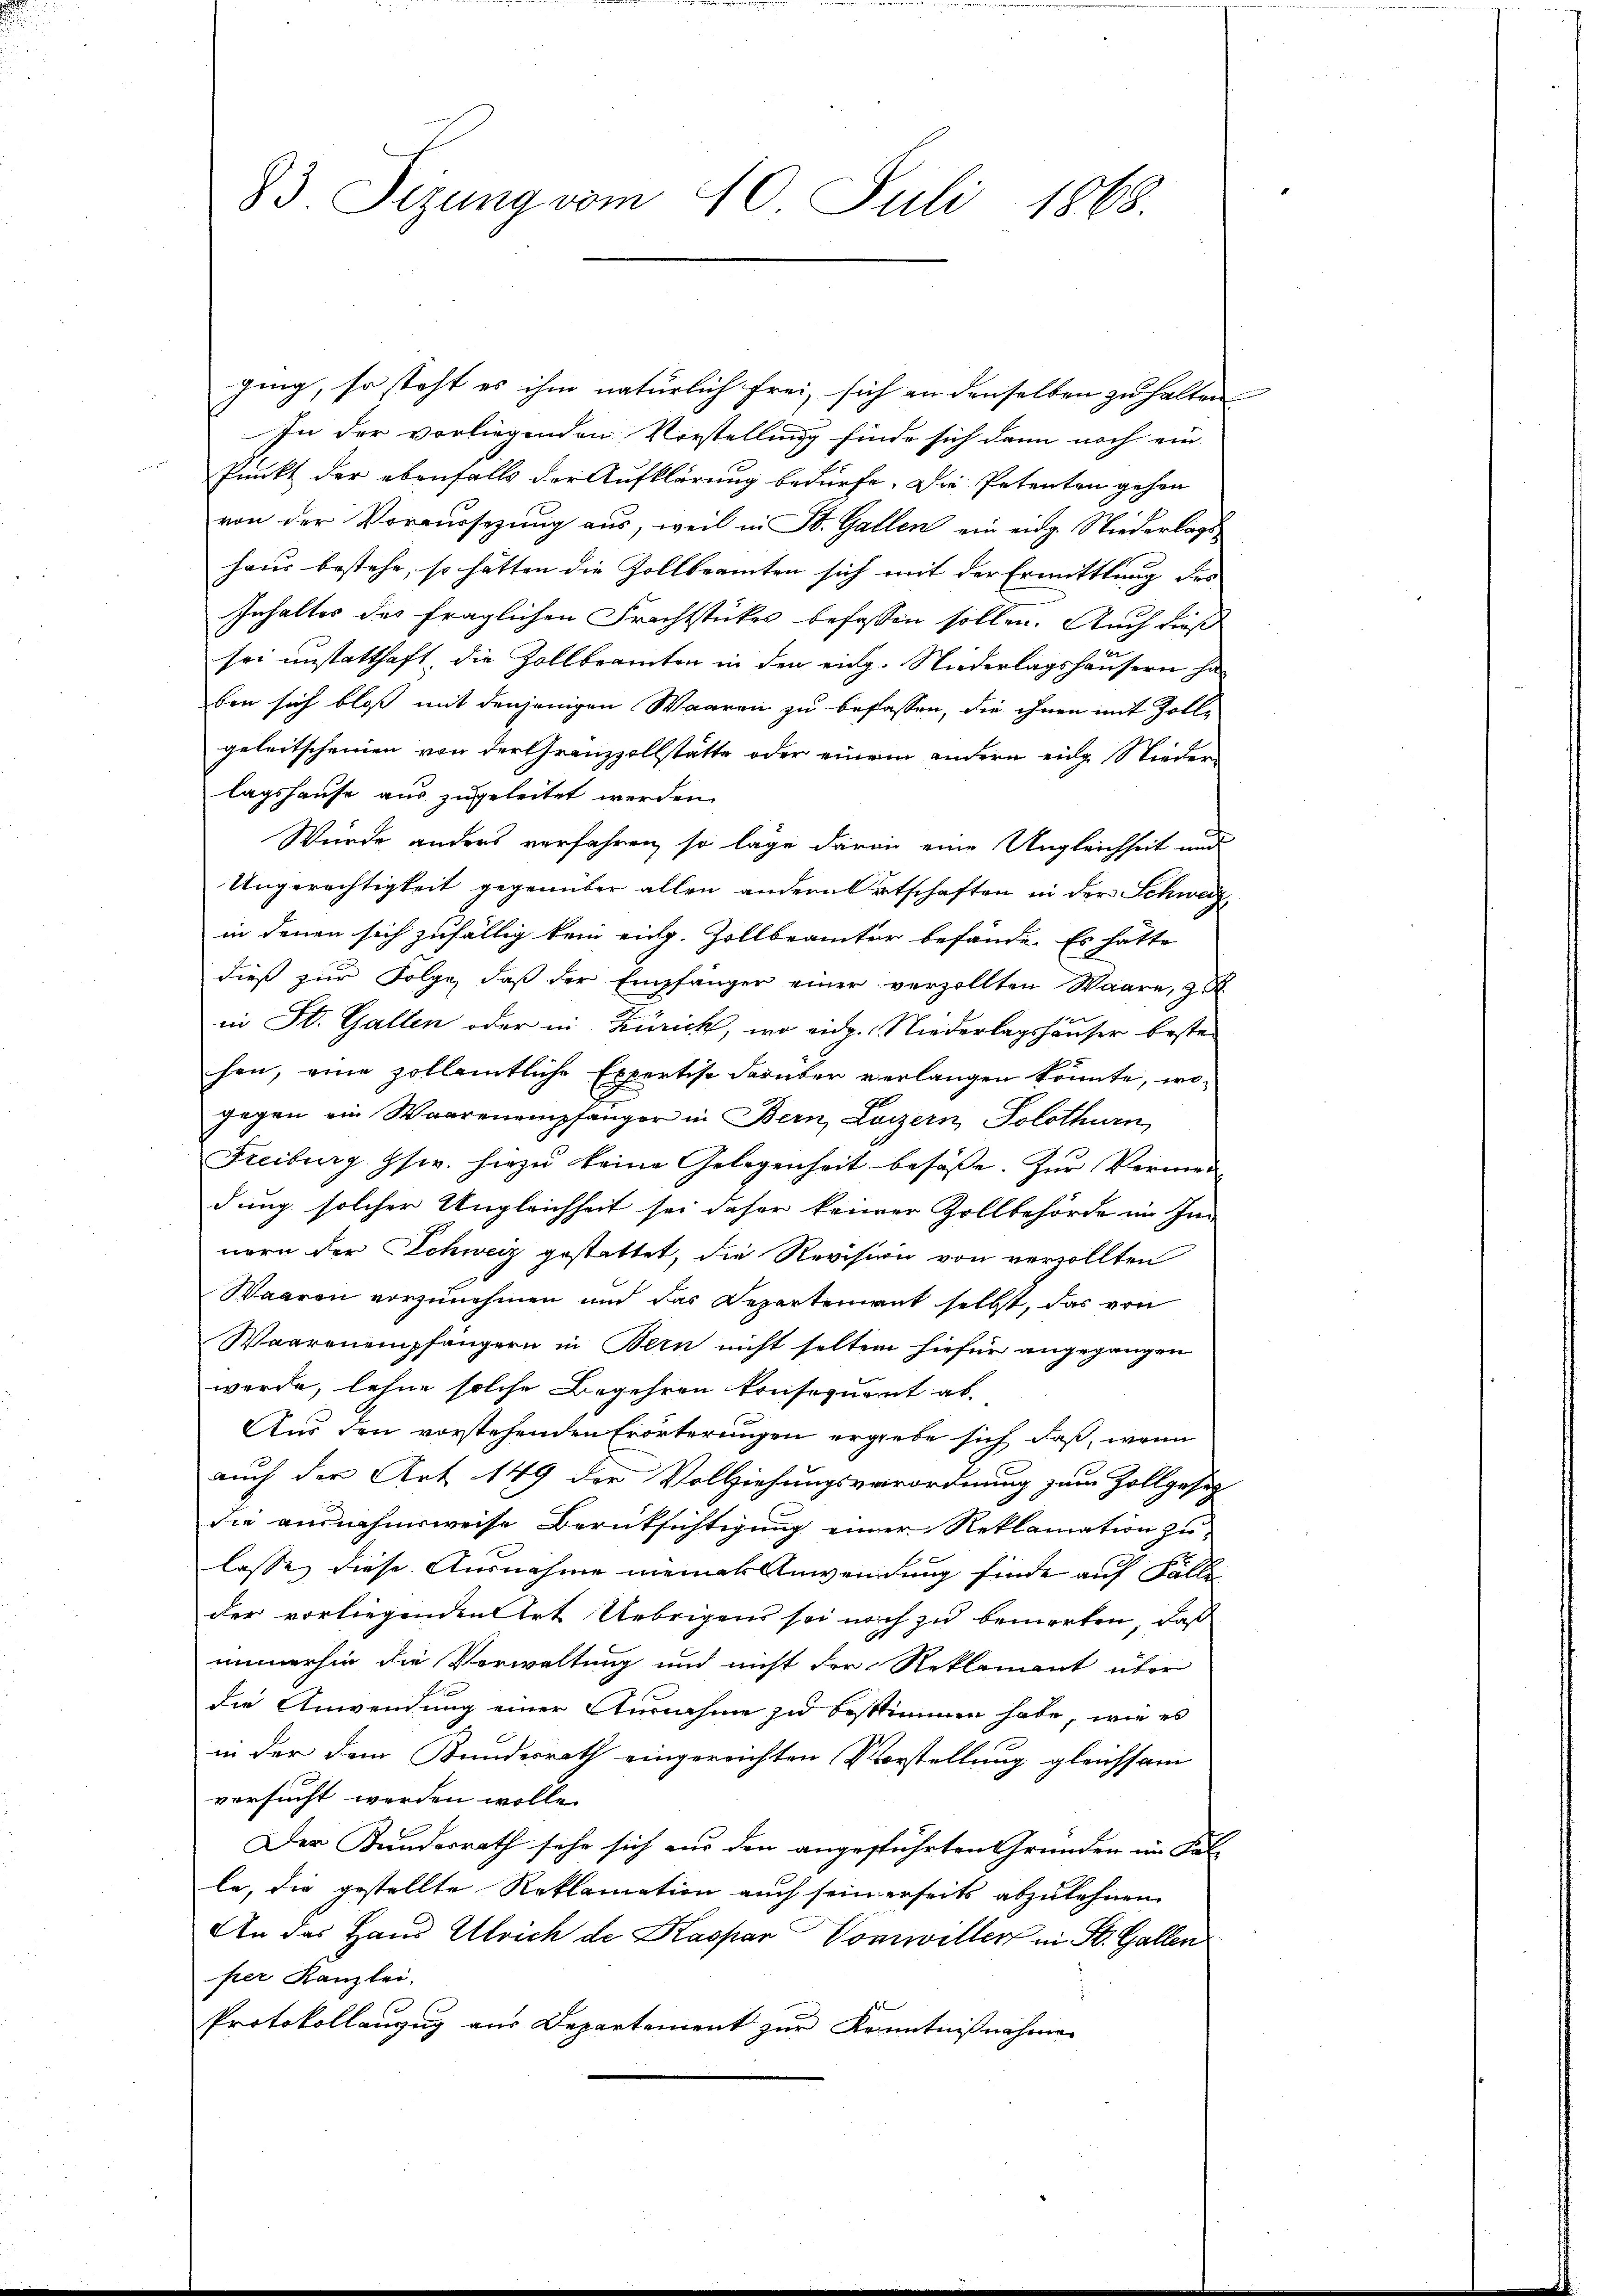
83 Sizung vom 10. Juli 1868.

ging, so steht es ihm natürlich frei, sich an denselben zu halten
In der vorliegenden Vorstellung finde sich dann noch ein
Punkt der ebenfalls der Aufklärung bedürfe. Die Petenten gehen
von der Voraussezung aus, weil in St. Gallen ein eidg. Niederlagshaus bestehe, so hätten die Zollbeamten sich mit der Ermittlung des
Inhalter des fraglichen Frachtstückes befassen sollen. Auch dieß
sei unstatthaft, die Zollbeamten in den eing. Niederlagshäusern ha
ben sich bloß mit denjenigen Waaren zu befassen, die ihnen mit Zoll-
geleitscheinen von der Grenzzollstätte oder einem andern eine Nieden
lagshause aus zugeleitet werden.
Wurde anders verfahren, so lage daran eine Ungleichheit und
Ungerechtigkeit gegenüber allen andern Ortschaften in der Schweiz,
in denen sich zufällig kein eidg. Zollbeamter befände. Es hatte
dieß zur Folge, daß der Empfänger einer verzollten Waare, z.
in St. Gallen oder in Zürich, wo eide. Niederlagshäuser bestehen, eine zollamtliche Expertise darüber verlangen könnte, wogegen ein Waarenempfänger in Bern, Luzern, Solothurn,
Freiburg. Gser. hiezu keine Gelegenheit besaβe. Zŭr Vermei
dung solcher Ungleichheit sei daher keiner Zollbehörde im In-
nern der Schweiz gestattet, die Revision von verzollten
Waaren vorzunehmen und das Departement selbst, das von
Waarenempfängern in Bern nicht selten hiefür angegangen
werde, lehne solche Begehren konsequent ab-
Aus den vorstehenden Erörterungen ergiebe sich, daß, wenn
auch der Art 149 der Vollziehungsverordnung zum Zollgesez
Sie ausnahmsweise Berücksichtigung einer Reklamation zu
lasse, diese Ausnahme meiner Anwendung finde auf Fälle
der vorliegenden Art Uebrigens sei noch zu bemerken, daß
immerhin die Verwaltung und nicht der Reklamant über
die Anwendung einer Ausnahme zu bestimmen habe, wie es
in der dem Bundesrath eingereichten Vorstellung gleichsam
versucht werden wolle.
Der Kundesrath sehe sich aus den angeführten Gründen im Fal-
le, die gestellte Reklamation auch seinerseits abzulehnen
An das Haus Ulrich de Kaspar Vorwiller in St. Gallen
per Kanzlei,
Protokollanzug aus Departement zur Kenntnißnahmen